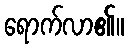
ရောက်လာ၏။